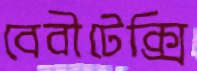
বেবীটেক্সি